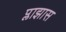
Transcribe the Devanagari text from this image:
प्लाझास